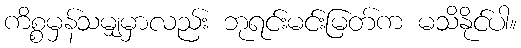
ကိစ္စမှန်သမျှမှာလည်း ဘုရင်းမင်းမြတ်က မသိနိုင်ပါ။